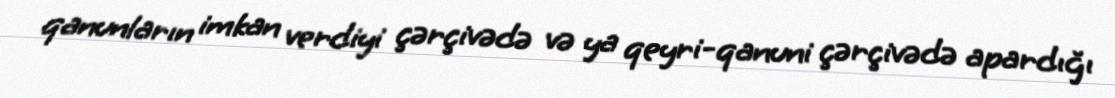
qanunların imkan verdiyi çərçivədə və ya qeyri-qanuni çərçivədə apardığı